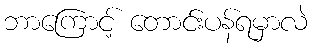
ဘာကြောင့် တောင်းပန်ရမှာလဲ